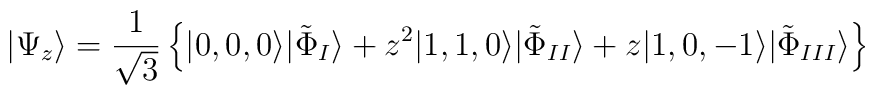
|\Psi_{z} \rangle = \frac{1}{\sqrt{3}} \left\{ |0,0,0 \rangle|\tilde{\Phi}_{I} \rangle+ z^{2} |1,1, 0 \rangle |\tilde{\Phi}_{II} \rangle+ z |1,0,-1 \rangle |\tilde{\Phi}_{III} \rangle   \right\}